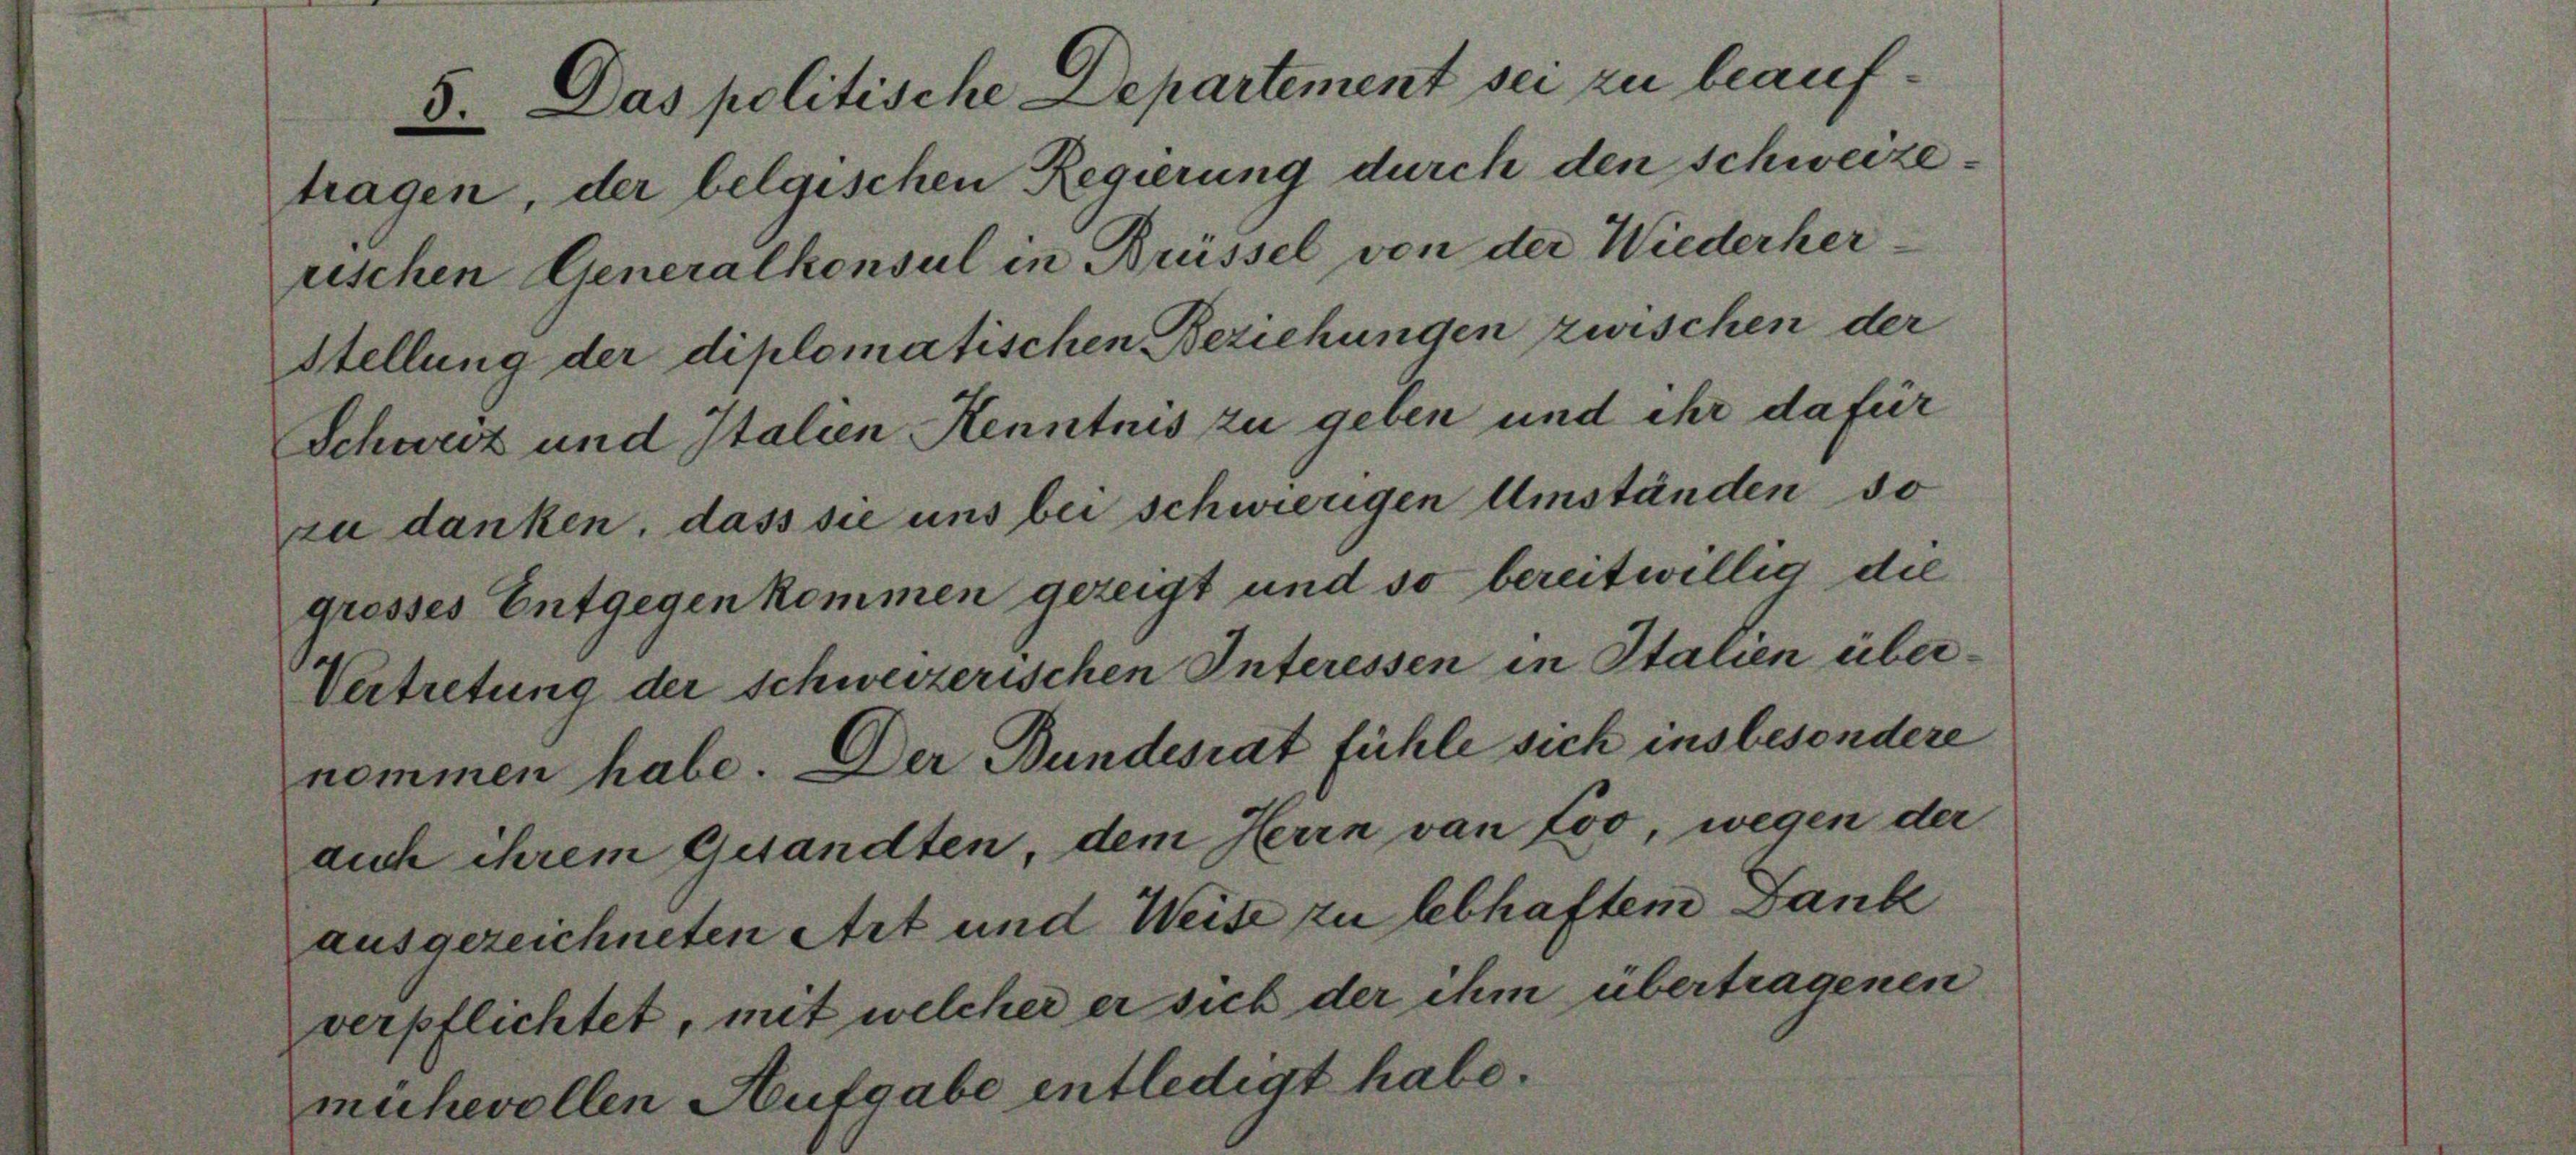
5. Das politische Departement sei zu beauftragen, der belgischen Regierung durch den Schweizerischen Generalkonsul in Brüssel von der Wiederher
Stellung der diplomatischen Beziehungen zwischen der
Schweiz und Italien Kenntnis zu geben und ihr dafür
zu danken, dass sie uns bei schwierigen Umständen so
gresses Entgegen kommen gezeigt und so bereitwillig die
Vertretung der schweizerischen Interessen in Italien übernommen habe. Der Bundesrat fühle sich insbesondere
dich ihrem Gesandten, dem Herrn von Coo, wegen der
ausgezeichneten Art und Weise zu lebhaftem Dank
verpflichtet, mit welcher er sich der ihm übertragenen

rihevollen

rutgabe entledigt habe